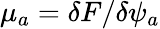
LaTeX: \mu_{a}=\delta F/\delta\psi_{a}